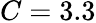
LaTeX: C=3.3